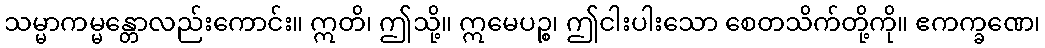
သမ္မာကမ္မန္တောလည်းကောင်း။ ဣတိ၊ ဤသို့။ ဣမေပဉ္စ၊ ဤငါးပါးသော စေတသိက်တို့ကို။ ဧကက္ခဏေ၊